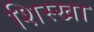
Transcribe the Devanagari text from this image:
शिस्खा